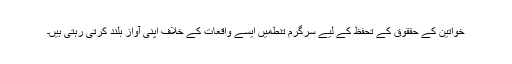
خواتین کے حققوق کے تحفظ کے لیے سرگرم تنطمیں ایسے واقعات کے خلاف اپنی آواز بلند کرتی رہتی ہیں۔